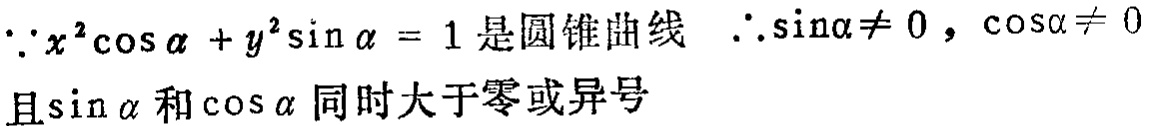
\(\because x^{2}\cos\alpha + y^{2}\sin\alpha = 1\) 是圆锥曲线 \(\therefore \sin\alpha\neq 0\)，\(\cos\alpha\neq 0\) 且\(\sin\alpha\)和\(\cos\alpha\)同时大于零或异号